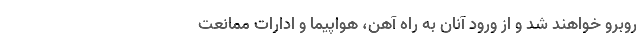
روبرو خواهند شد و از ورود آنان به راه آهن، هواپیما و ادارات ممانعت